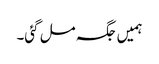
ہمیں جگہ مل گئی۔